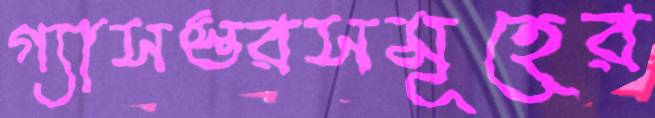
গ্যাসস্তরসমূহের